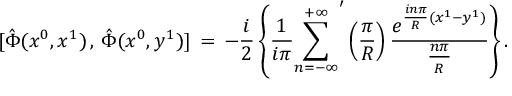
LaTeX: \mathrm { } [ \hat { \Phi } ( x ^ { 0 } , x ^ { 1 } ) \, , \, \hat { \Phi } ( x ^ { 0 } , y ^ { 1 } ) ] \, = \, - \frac { i } { 2 } \left\{ \frac { 1 } { i \pi } { \sum _ { n = - \infty } ^ { + \infty } } ^ { \prime } \left( \frac { \pi } { R } \right) \frac { e ^ { \frac { i n \pi } { R } ( x ^ { 1 } - y ^ { 1 } ) } } { \frac { n \pi } { R } } \right\} .